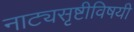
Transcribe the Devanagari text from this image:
नाट्यसृष्टीविषयी